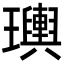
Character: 𤫌